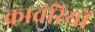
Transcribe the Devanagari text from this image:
कावंरियों